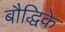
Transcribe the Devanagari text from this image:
बौद्धिके